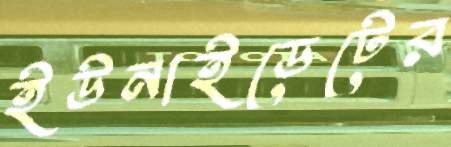
ইউনাইডেটের